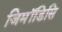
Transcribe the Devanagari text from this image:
जिमॉडिसि